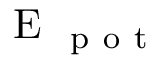
\mathrm { ~ E ~ } _ { \mathrm { ~ p ~ o ~ t ~ } }